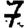
Digit: 7